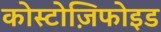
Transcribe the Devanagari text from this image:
कोस्टोज़िफोइड